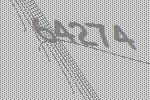
64274